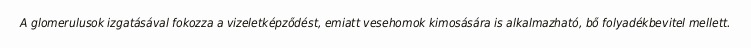
A glomerulusok izgatásával fokozza a vizeletképződést, emiatt vesehomok kimosására is alkalmazható, bő folyadékbevitel mellett.